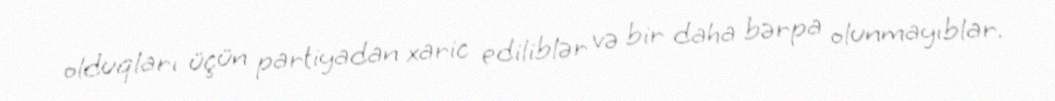
olduqları üçün partiyadan xaric ediliblər və bir daha bərpa olunmayıblar.